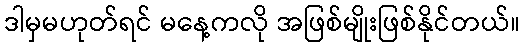
ဒါမှမဟုတ်ရင် မနေ့ကလို အဖြစ်မျိုးဖြစ်နိုင်တယ်။